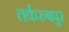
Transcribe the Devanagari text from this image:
तर्करुबपुर